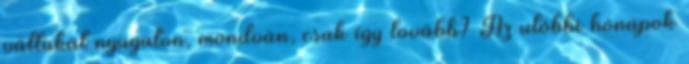
vállukat nyugaton, mondván, csak így tovább? Az utóbbi hónapok